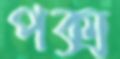
পক্স